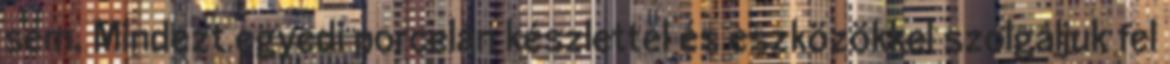
sem. Mindezt egyedi porcelán készlettel és eszközökkel szolgáljuk fel